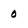
Character: 0